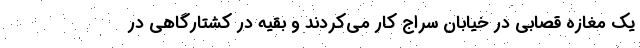
یک مغازه قصابی در خیابان سراج کار می‌کردند و بقیه در کشتارگاهی در